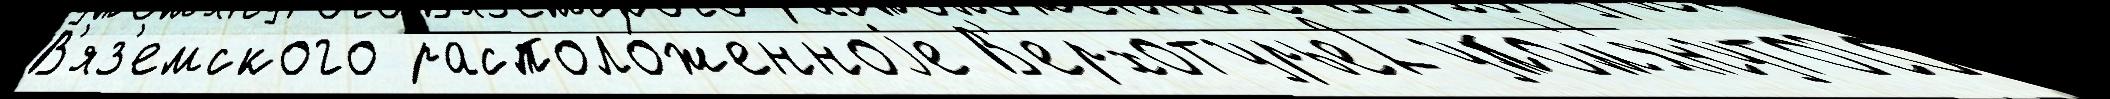
В'яз'емского располо́женноjе В'ерхотурье2 упом'я́нутого